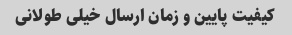
کیفیت پایین و زمان ارسال خیلی طولانی